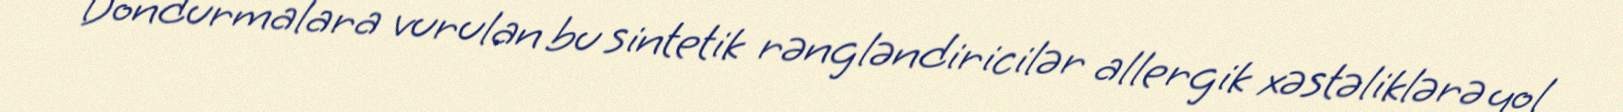
Dondurmalara vurulan bu sintetik rəngləndiricilər allergik xəstəliklərə yol